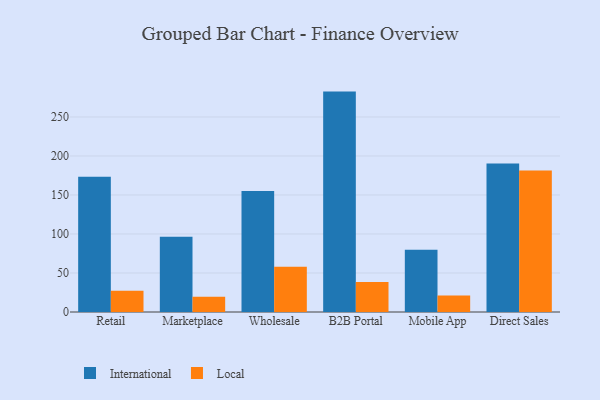
{"axis": {"x": "Channel", "y": "Website Visitors"}, "legend": ["International", "Local"], "data": [{"x": "Retail", "y": 173.4, "type": "International"}, {"x": "Retail", "y": 27.1, "type": "Local"}, {"x": "Marketplace", "y": 96.6, "type": "International"}, {"x": "Marketplace", "y": 19.6, "type": "Local"}, {"x": "Wholesale", "y": 155.2, "type": "International"}, {"x": "Wholesale", "y": 58.1, "type": "Local"}, {"x": "B2B Portal", "y": 282.5, "type": "International"}, {"x": "B2B Portal", "y": 38.3, "type": "Local"}, {"x": "Mobile App", "y": 79.9, "type": "International"}, {"x": "Mobile App", "y": 21.1, "type": "Local"}, {"x": "Direct Sales", "y": 190.5, "type": "International"}, {"x": "Direct Sales", "y": 181.4, "type": "Local"}]}